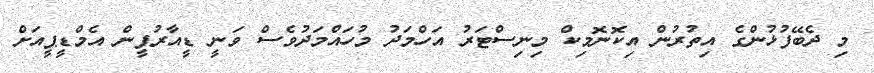
މި ދެބޭފުޅުންގެ އިތުރުން އިކޮނޮމިކް މިނިސްޓަރު އަހްމަދު މުހައްމަދުވެސް ވަނީ ޑީއާރުޕީން އެމްޑީޕީއަށް